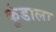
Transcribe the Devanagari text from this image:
कुंडाला